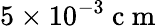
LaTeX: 5\times 10^{-3}\mathrm{~c~m~}